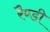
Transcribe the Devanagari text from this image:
रैण्डी